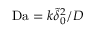
\mathrm { D a } = k { \tilde { \delta } } _ { 0 } ^ { 2 } / D